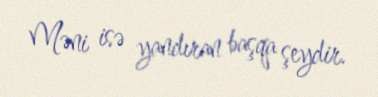
Məni isə yandıran başqa şeydir.